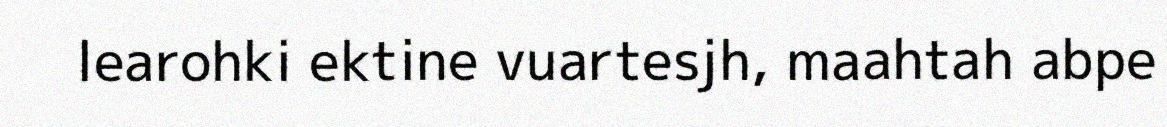
learohki ektine vuartesjh, maahtah abpe